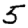
Digit: 5